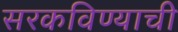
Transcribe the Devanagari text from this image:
सरकविण्याची